system: You are a helpful assistant.
user:
Analyze the provided spectrum to determine if it is a **S-type Star**.

- **Key Indicators for S-type Star:**

    - **(Overall Spectrum Shape):** The first and most obvious characteristic is the overall continuum (the "baseline" shape). It is **extremely "red-sloping,"** meaning the flux (light intensity) is very low on the left side (blue, ~4000-4500 Å) and rises steeply and continuously toward the right side (red, ~7000 Å+).

    - **(Primary):** The spectrum is defined by the presence of strong, broad molecular absorption "valleys" (bands) from **Zirconium Oxide (ZrO)**. The identification of these bands is the **primary requirement** for classifying a star as S-type.
        - **(Key Bandheads):** You must find distinct, deep "dips" where the light has been absorbed. The most critical band systems to locate are:
            - **~6474 Å** ($\gamma$-system): This is often the strongest and clearest ZrO feature, found in the red part of the spectrum.
            - **~5718 Å** & **~5551 Å** ($\beta$-system): A pair of prominent absorption features in the yellow-orange part of the spectrum.
            - **~4640 Å** ($\alpha$-system): A key absorption band system in the blue-green region of the spectrum.

    - **(Secondary Confirmation):** The classification is strengthened by finding additional absorption bands from other related heavy element oxides, which are expected to be present alongside ZrO.
        - **(Key Bandheads):**
            - **Yttrium Oxide (YO):** Look for absorption dips near **~4800 Å** and **~6100 Å**.
            - **Lanthanum Oxide (LaO):** Additional absorption features, particularly in the red-orange part of the spectrum, are also characteristic.

    - **(Line Profile):** The combination of the steep red continuum and these numerous, deep molecular bands (ZrO, YO, etc.) gives the entire spectrum a very **"chopped-up"** or **"bumpy"** appearance. Instead of a smooth curve, the spectrum looks as though large, wide chunks of light have been "carved out" of it at the specific wavelengths listed above.

Think first, call **spectral_visualization_tool** if needed to examine features in detail, then provide your final answer. Your response must adhere to the following strict rules:
1.  **Overall Structure:** Your response must follow the format `<think>...</think> <tool_call>...</tool_call> (if a tool is used) <answer>...</answer>`.
2.  **Tool Usage Constraint:** You may only make **one** tool call per turn.
3.  **Final Answer Format:** In the `<answer>` tag, your conclusion must be inside a `\boxed{}` command (e.g., `\boxed{YES}` or `\boxed{NO}`), followed by your justification.

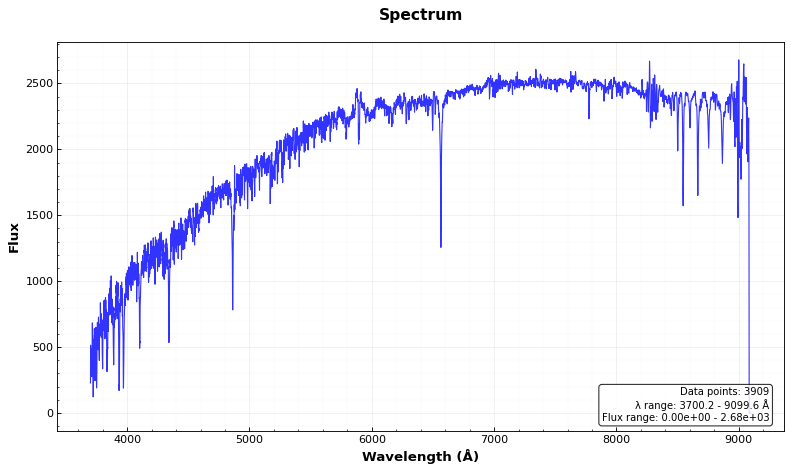
Answer: NO